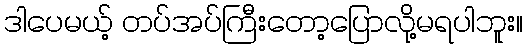
ဒါပေမယ့် တပ်အပ်ကြီးတော့ပြောလို့မရပါဘူး။